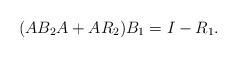
LaTeX: \begin{align*}(A B_2 A + A R_2) B_1 = I - R_1.\end{align*}